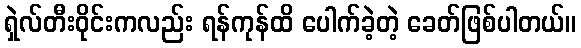
ရှဲလ်တီးဝိုင်းကလည်း ရန်ကုန်ထိ ပေါက်ခဲ့တဲ့ ခေတ်ဖြစ်ပါတယ်။